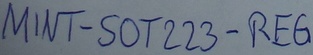
Text: MINT-SOT233-REG